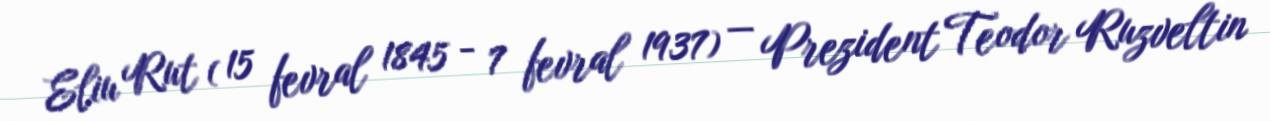
Eliu Rut ( 15 fevral 1845 - 7 fevral 1937) — Prezident Teodor Ruzveltin